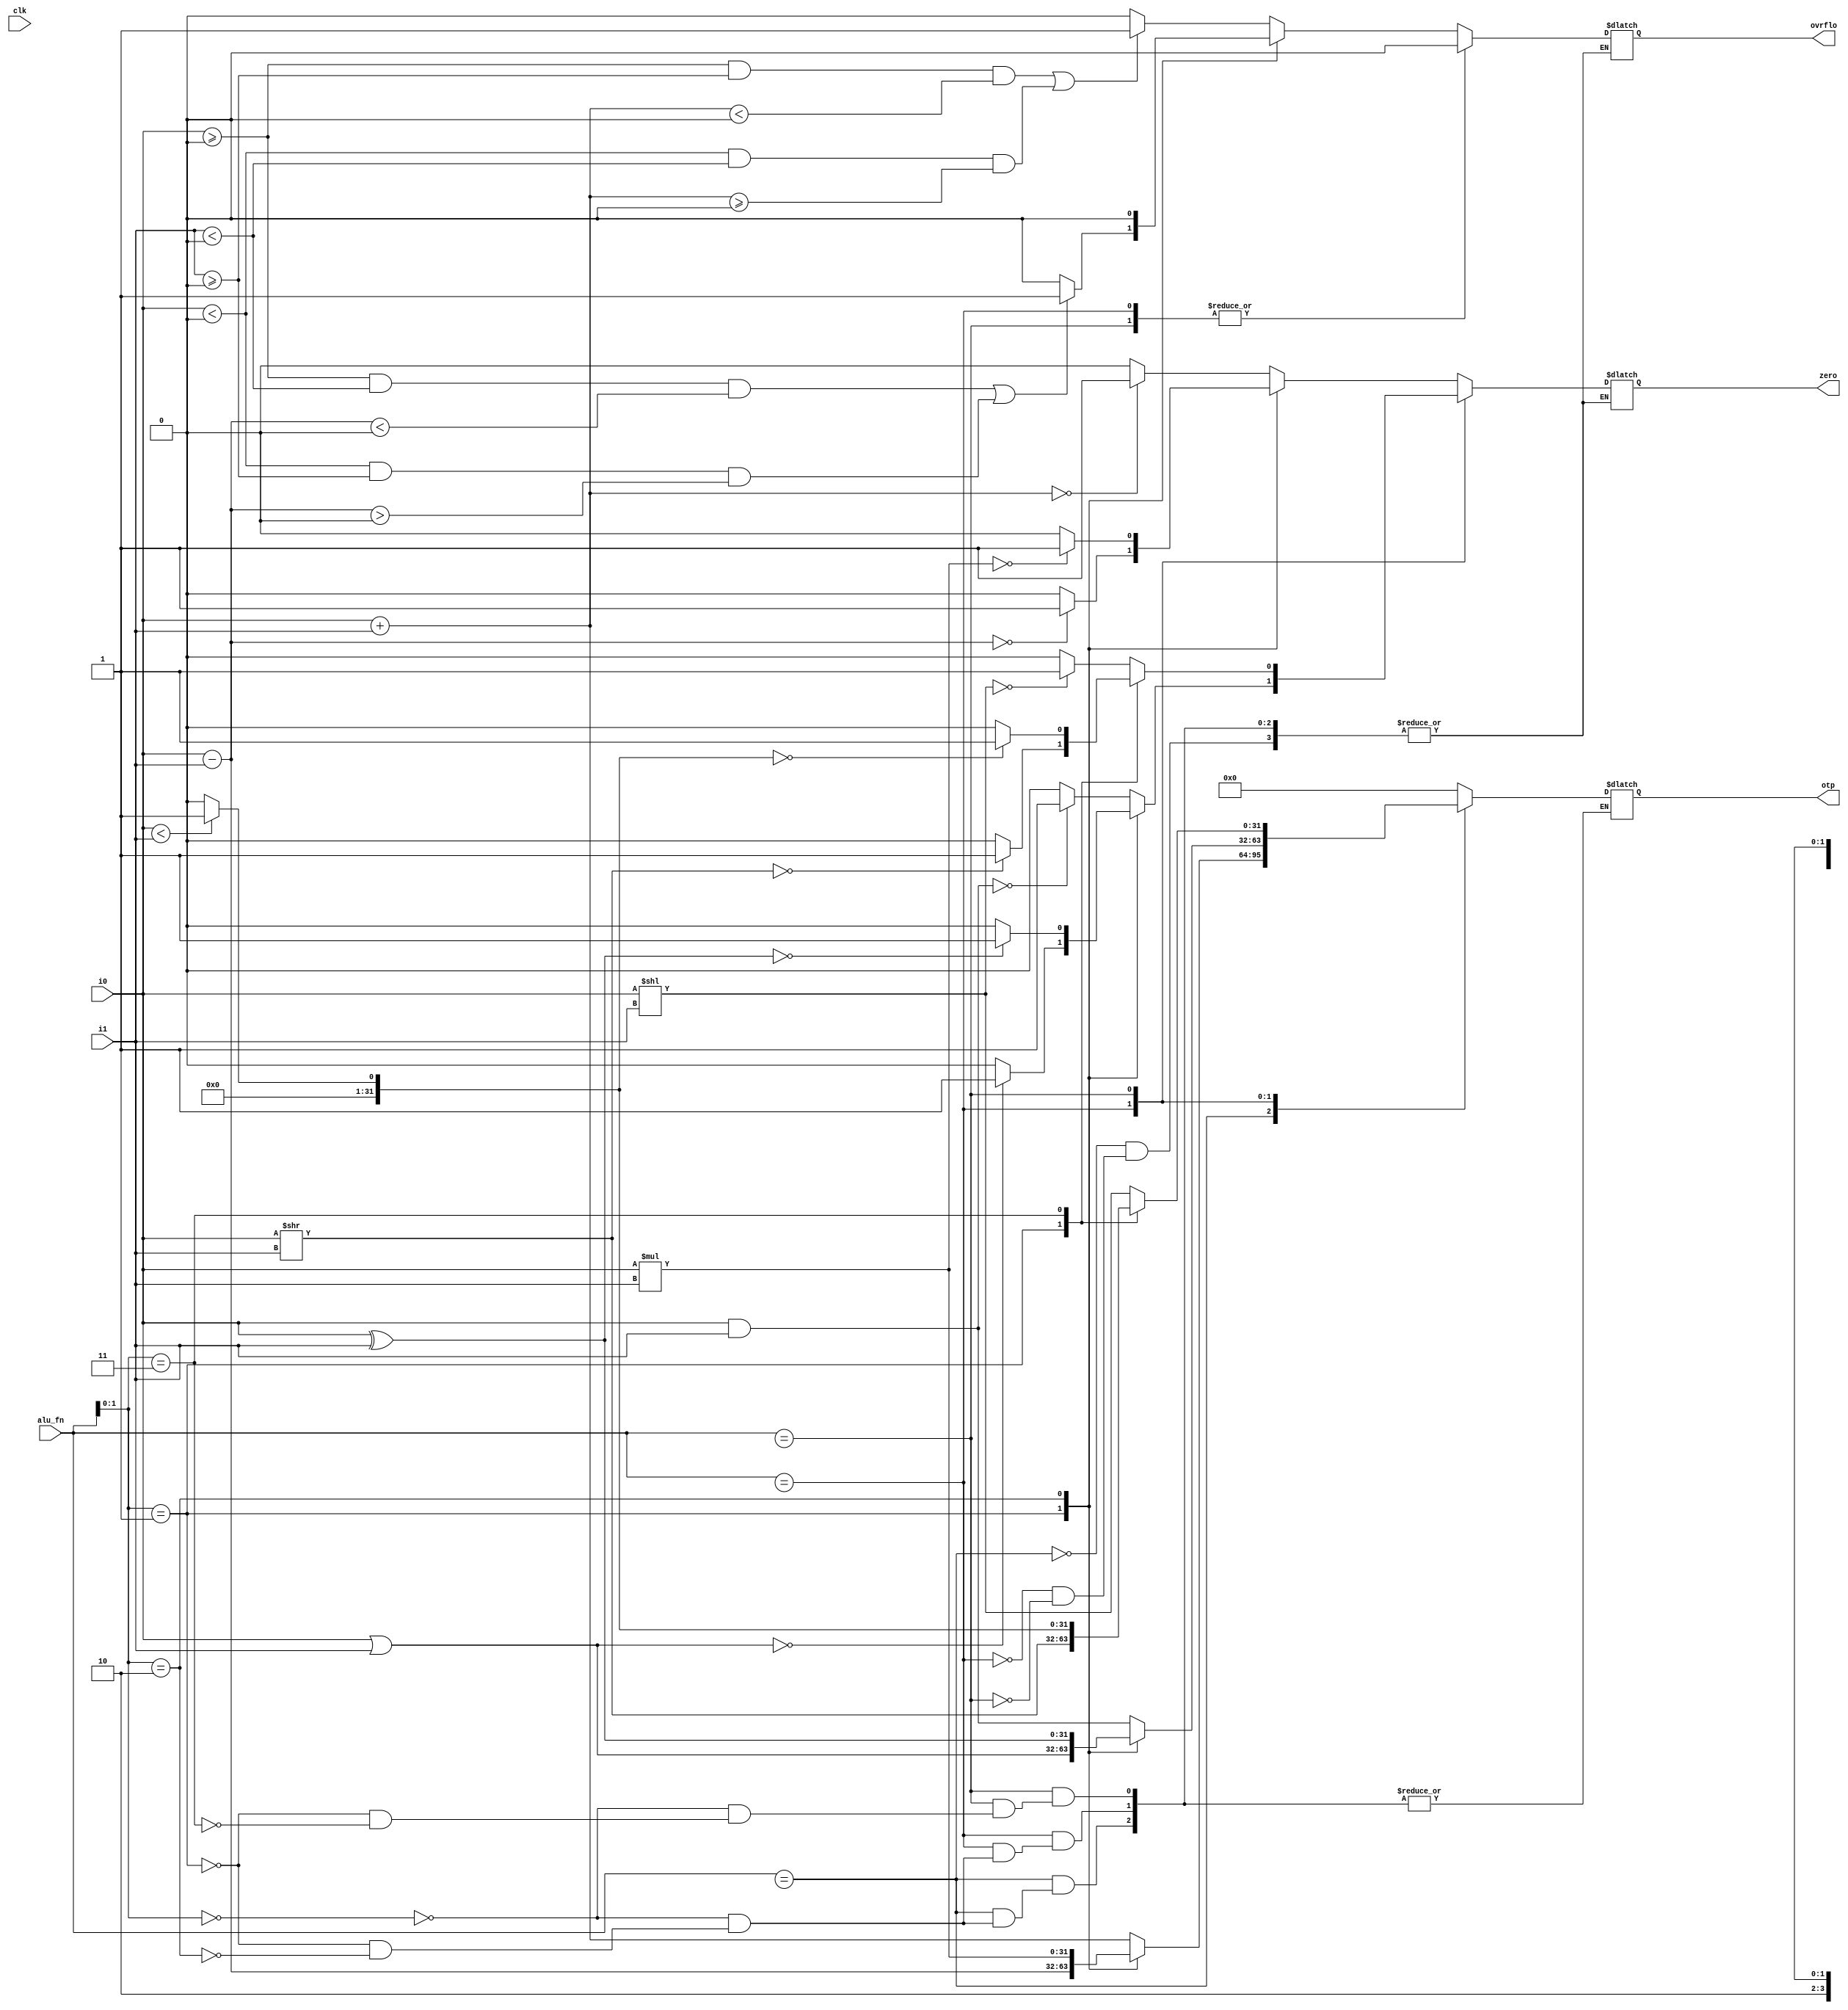
`timescale 1ns / 1ps

module alu(
    input clk,
    input [31:0] i0,
    input [31:0] i1,
    input [5:0]  alu_fn,
    output reg [31:0] otp,
    output reg zero,
    output reg ovrflo
);

    always @(i0 or i1 or alu_fn) begin

        case(alu_fn)

            6'b0000xx: begin
                case(alu_fn[1:0])
                    2'b00: begin // add
                        otp = i0 + i1;
                        zero = otp == 0 ? 1 : 0;
                        if ((i0 >= 0 && i1 >= 0 && otp < 0) || (i0 < 0 && i1 < 0 && otp >= 0))
                            ovrflo = 1;
                        else
                            ovrflo = 0;
                    end
                    2'b01: begin // sub
                        otp = i0 - i1;
                        zero = otp == 0 ? 1 : 0;
                        if ((i0 >= 0 && i1 < 0 && otp < 0) || (i0 < 0 && i1 >= 0 && otp > 0))
                            ovrflo = 1;
                        else
                            ovrflo = 0;
                    end
                    2'b10:  begin // mul
                        otp = i0*i1;
                        zero = otp == 0 ? 1 : 0;
                        ovrflo = 0;
                    end
                endcase
            end

            6'b0001xx: begin
                case (alu_fn[1:0])
                    2'b00: begin // and
                        otp = i0 & i1;
                        ovrflo = 0;
                        zero = otp == 0 ? 1 : 0;
                    end
                    2'b01: begin // or
                        otp = i0 | i1;
                        ovrflo = 0;
                        zero = otp == 0 ? 1 : 0;
                    end
                    2'b10: begin // xor
                        otp = i0 ^ i1;
                        ovrflo = 0;
                        zero = otp == 0 ? 1 : 0;
                    end
                endcase
            end

            6'b0010xx: begin
                case(alu_fn[1:0])
                    2'b00: begin // sll
                        otp = i0 << i1;
                        zero = otp == 0 ? 1 : 0;
                        ovrflo = 0;
                    end
                    2'b01: begin // srl
                        otp = i0 >> i1;
                        zero = otp == 0 ? 1 : 0;
                        ovrflo = 0;
                    end
                    2'b11: begin // slt
                        otp = i0 < i1 ? 1 : 0;
                        zero = otp == 0 ? 1 : 0;
                        ovrflo = 0;
                    end
                endcase
            end

            default: begin
                otp = {32{1'b0}};
            end

        endcase
        $display("i0%h - i1%h - otp %h alu_fn %i1", i0, i1, otp, alu_fn);
    end

endmodule